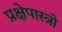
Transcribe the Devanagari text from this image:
प्रक्षेपास्त्रो